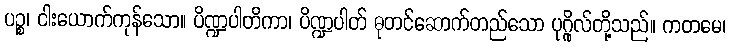
ပဉ္စ၊ ငါးယောက်ကုန်သော။ ပိဏ္ဍပါတိကာ၊ ပိဏ္ဍပါတ် ဓုတင်ဆောက်တည်သော ပုဂ္ဂိုလ်တို့သည်။ ကတမေ၊